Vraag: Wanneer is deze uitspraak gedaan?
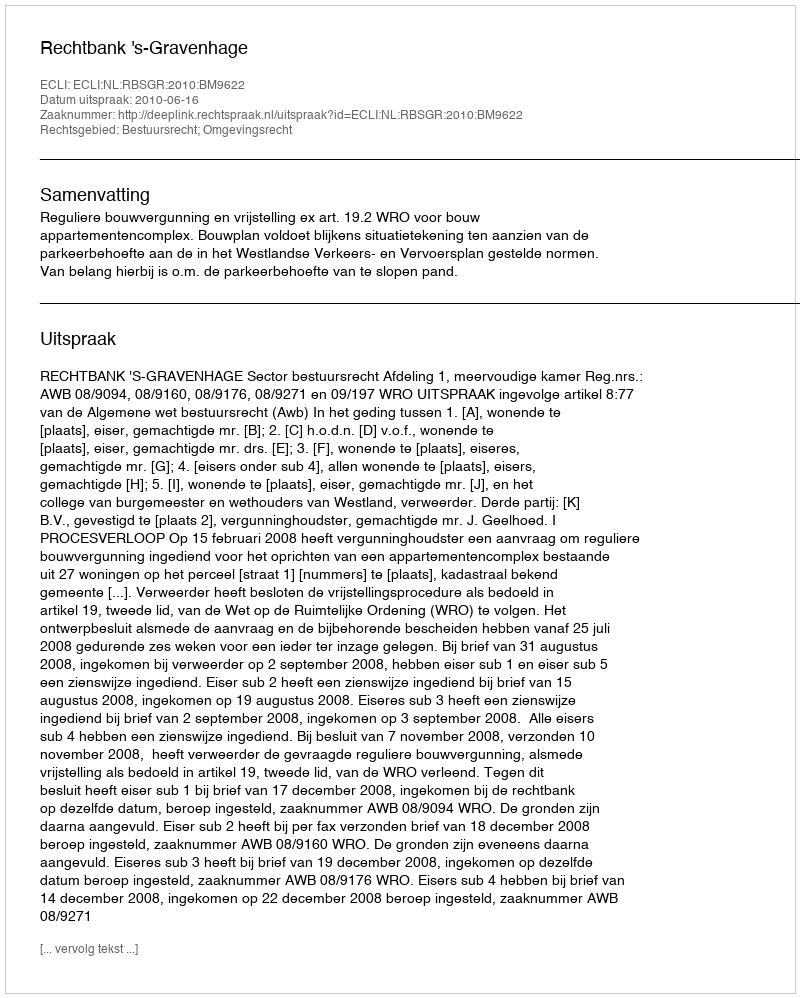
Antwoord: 2010-06-16